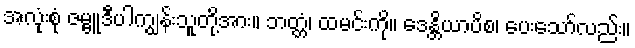
အလုံးစုံ ဇမ္ဗူဒီပါကျွန်းသူတို့အား။ ဘတ္တံ၊ ထမင်းကို။ ဒေန္တိယာပိစ၊ ပေးသော်လည်း။